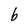
Character: b